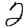
Digit: 2